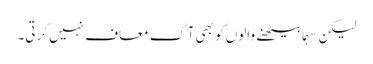
لیکن سہما بیٹھنے والوں کو بھی آگ معاف نہیں کرتی۔